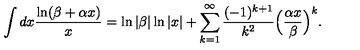
\int d x \frac { \ln ( \beta + \alpha x ) } { x } = \ln \vert \beta \vert \ln \vert x \vert + \sum _ { k = 1 } ^ { \infty } \frac { ( - 1 ) ^ { k + 1 } } { k ^ { 2 } } \Bigl ( \frac { \alpha x } { \beta } \Bigr ) ^ { k } .